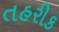
તહરીક